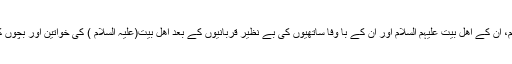
واقعہ کربلا کے بعد کربلا کے تپتے ہوئے صحرا میں حضرت ابا عبداللہ امام حسین علیہ السلام، ان کے اهل بیت علیہم السلام اور ان کے با وفا ساتهیوں کی بے نظیر قربانیوں کے بعد اهل بیت(علیہ السلام ) کی خواتین اور بچوں کی اسیری کا آغاز ہوا جس کے ذریعہ اِن قیدیوں نے پیغام کربلا کو کونے کونے تک پہنچا دیا۔